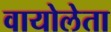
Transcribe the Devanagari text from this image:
वायोलेता